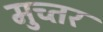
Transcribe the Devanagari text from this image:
मुच्तर